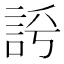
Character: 𧦻